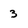
Character: 3